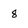
Character: 8